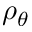
\rho _ { \theta }